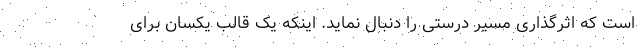
است که اثرگذاری مسیر درستی را دنبال نماید. اینکه یک قالب یکسان برای